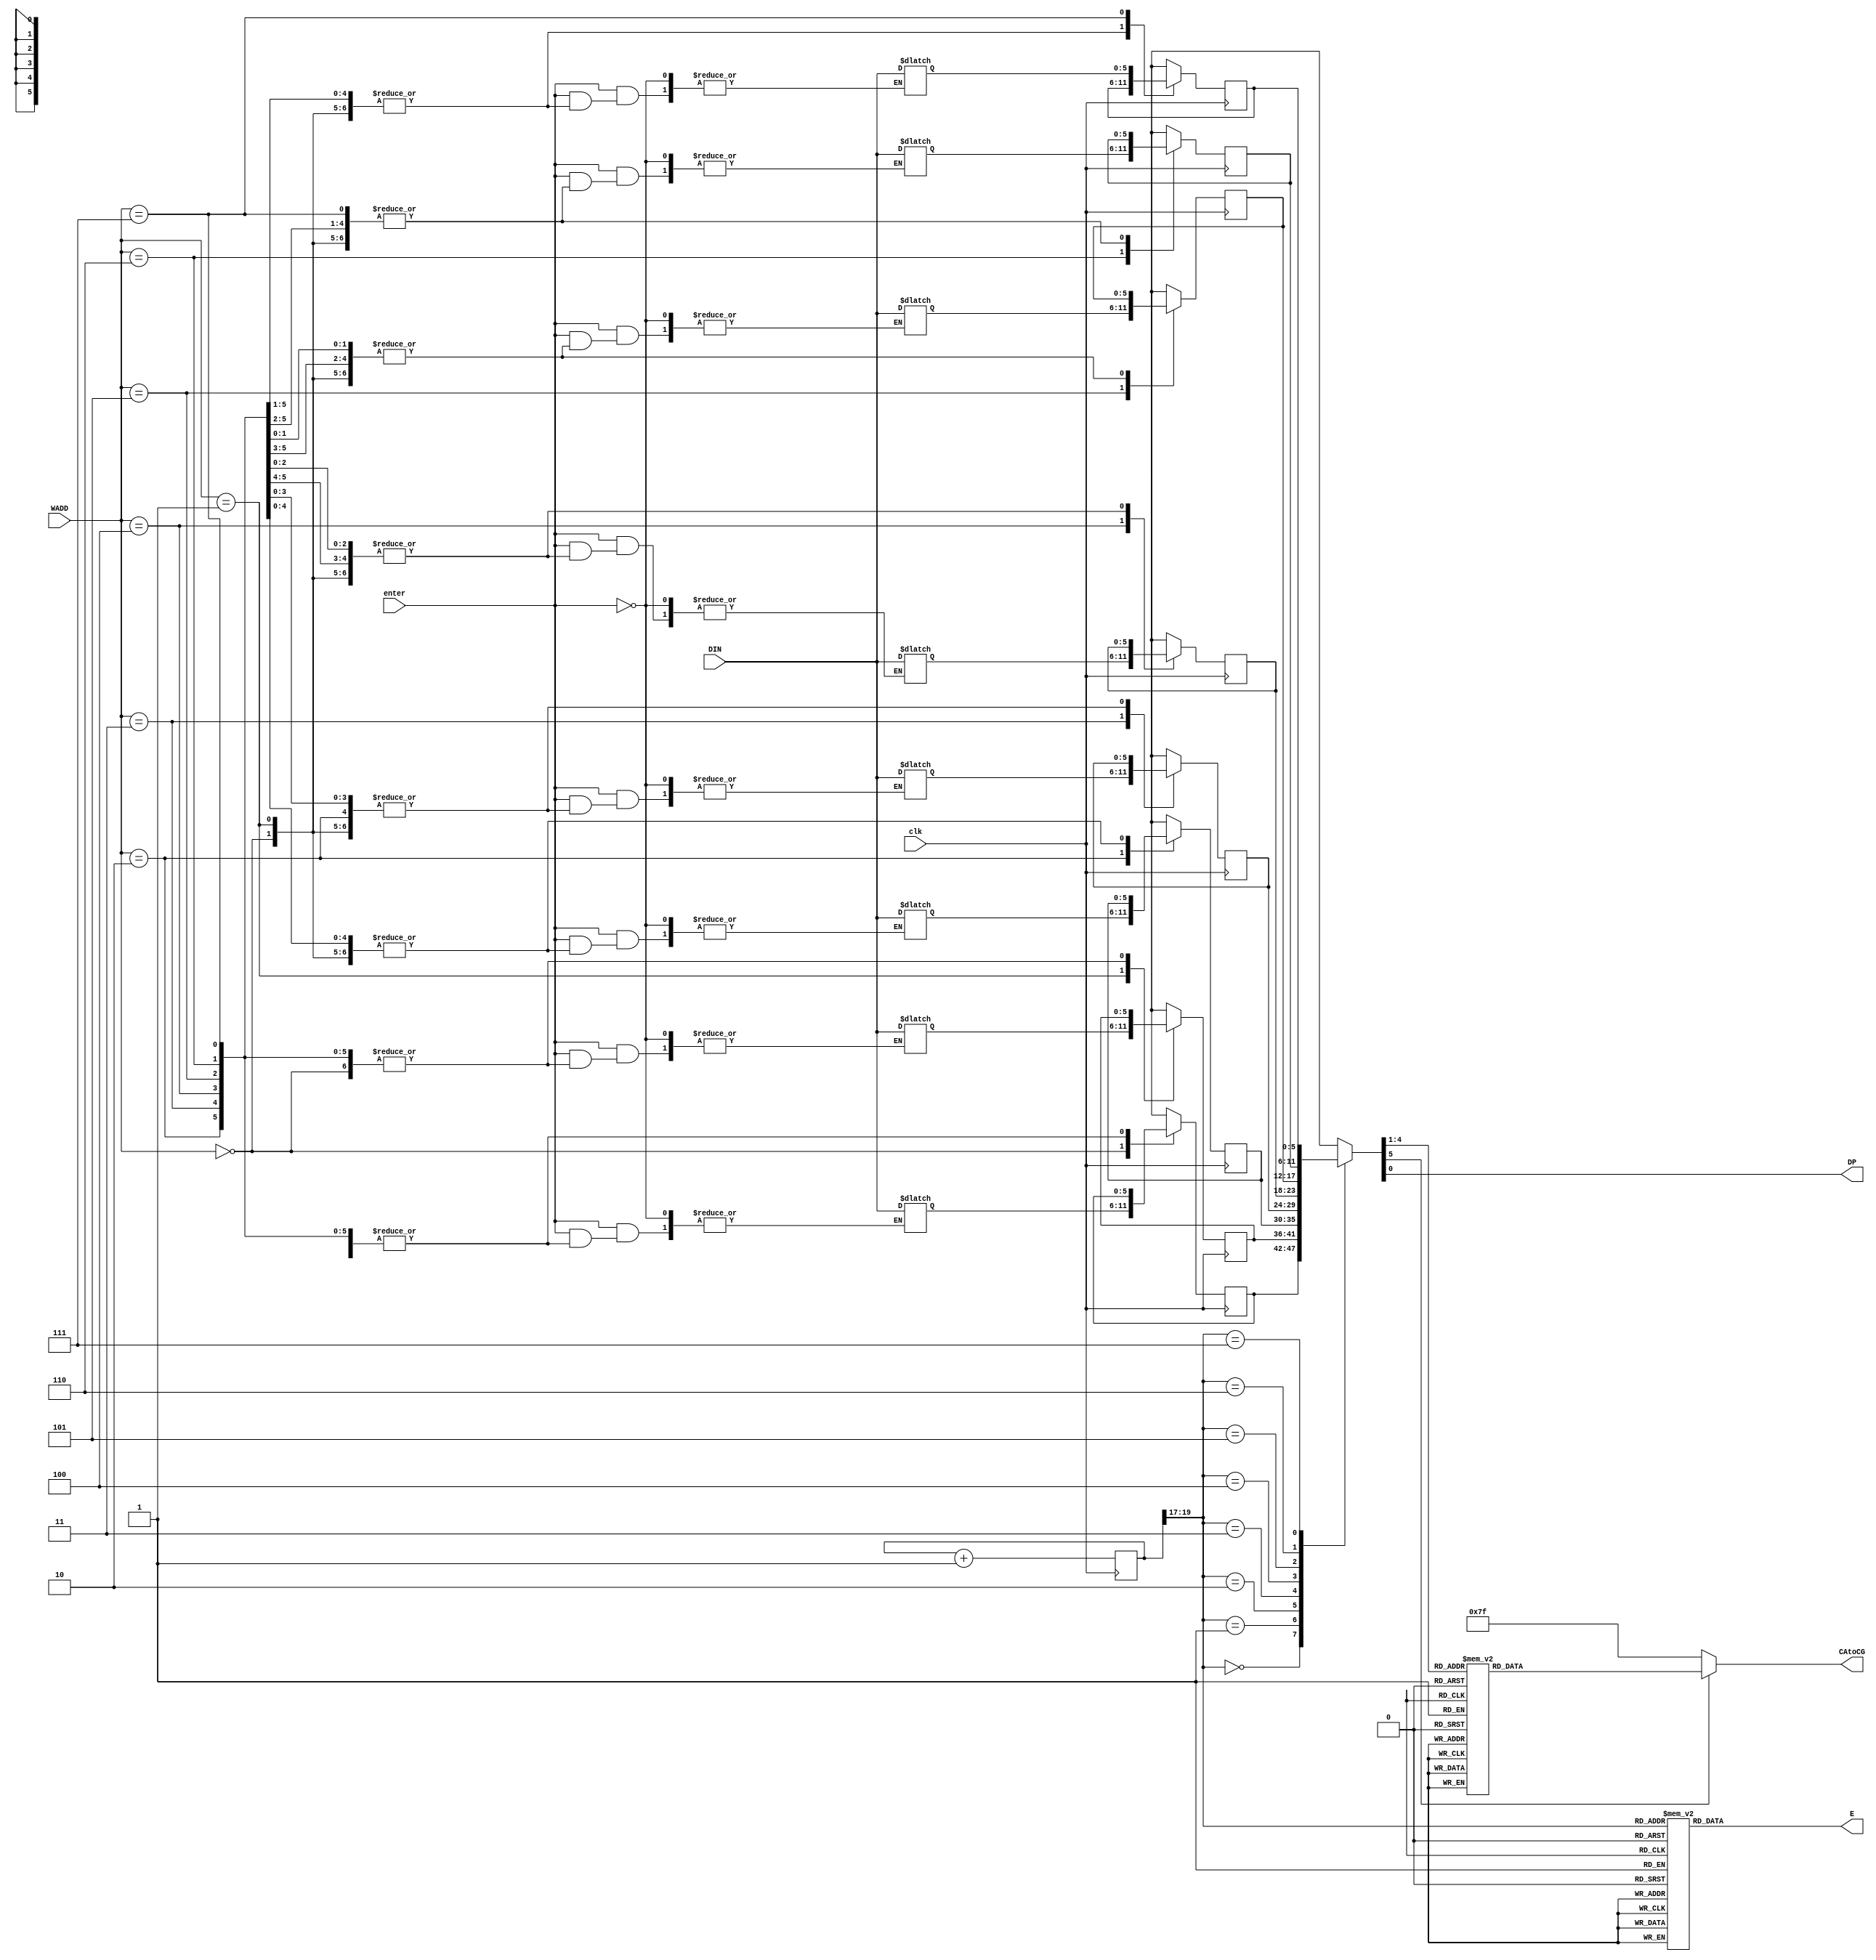
`timescale 1ns / 1ps

module display_interface(WADD,DIN,enter,clk,CAtoCG,E,DP);
    input clk;
    input enter;
    input [2:0] WADD;
    input [5:0] DIN;
    output reg [7:0] E;
    output reg [6:0] CAtoCG;
    output DP;
    reg [5:0] D0,D1,D2,D3,D4,D5,D6,D7,B0,B1,B2,B3,B4,B5,B6,B7,DOUT;
    initial E = 8'b11111111;
    
    always @(WADD or enter or DIN)
    begin
    if(enter)
        begin
            case(WADD)
             0: D0 = DIN;
             1: D1 = DIN;
             2: D2 = DIN;
             3: D3 = DIN;
             4: D4 = DIN;
             5: D5 = DIN;
             6: D6 = DIN;
             7: D7 = DIN;
            endcase
        end
    end
    
    always @(posedge clk)
    begin
        case(WADD)
            0: B0 = D0;
            1: B1 = D1;
            2: B2 = D2;
            3: B3 = D3;
            4: B4 = D4;
            5: B5 = D5;
            6: B6 = D6;
            7: B7 = D7;
                endcase
    end
    
    reg [19:0] counter;
    always @(posedge clk) 
    counter = counter + 1;
    wire [2:0] select ;
    assign select= counter [19:17];
    
    always @(*)
    begin
            case(select)
             0: DOUT = B0;
             1: DOUT = B1;
             2: DOUT = B2;
             3: DOUT = B3;
             4: DOUT = B4;
             5: DOUT = B5;
             6: DOUT = B6;
             7: DOUT = B7;
             default DOUT = DOUT;
             endcase
    
        case(select)
        0:E = 8'b11111110;
        1:E = 8'b11111101;
        2:E = 8'b11111011;
        3:E = 8'b11110111;
        4:E = 8'b11101111;
        5:E = 8'b11011111;
        6:E = 8'b10111111;
        7:E = 8'b01111111;
        default E = E;
        endcase
    end
    
    assign DP = DOUT[0];
    
    always @ (DOUT) 
    begin
       if (DOUT[5])
           case(DOUT[4:1])
               0: CAtoCG <= 7'b0000001;
               1: CAtoCG <= 7'b1001111;
               2: CAtoCG <= 7'b0010010;
               3: CAtoCG <= 7'b0000110;
               4: CAtoCG <= 7'b1001100;
               5: CAtoCG <= 7'b0100100;
               6: CAtoCG <= 7'b0100000;
               7: CAtoCG <= 7'b0001111;
               8: CAtoCG <= 7'b0000000;
               9: CAtoCG <= 7'b0000100;
               10: CAtoCG <= 7'b0001000;
               11: CAtoCG <= 7'b1100000;
               12: CAtoCG <= 7'b0110001;
               13: CAtoCG <= 7'b1000010;
               14: CAtoCG <= 7'b0110000;
               15: CAtoCG <= 7'b0111000;
               default: CAtoCG <= CAtoCG;
           endcase
           else 
           CAtoCG <= 7'b1111111;
    end
endmodule